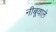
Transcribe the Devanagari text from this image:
नीबूवाले